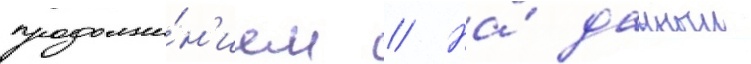
продолже́н'ием // На́ данныи